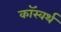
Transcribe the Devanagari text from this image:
कॉस्वर्थ